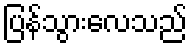
ပြန်သွားလေသည်